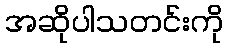
အဆိုပါသတင်းကို